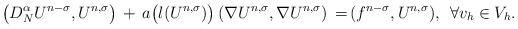
LaTeX: \begin{align*} \left( {D}^{\alpha}_{N}U^{n-\sigma}, U^{n, \sigma} \right) \, + \, a\big(l(U^{n, \sigma})\big) \, (\nabla U^{n, \sigma}, \nabla U^{n, \sigma}) \, =& \, (f^{n-\sigma}, U^{n, \sigma}), \; \, \forall v_h \in V_h. \\\end{align*}